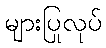
များပြုလုပ်